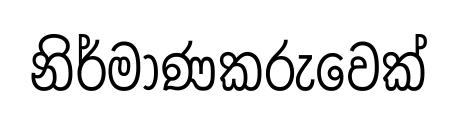
නිර්මාණකරුවෙක්